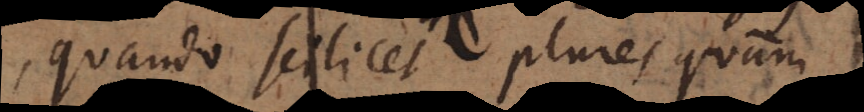
quando scilicet plures quam